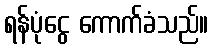
ရန်ပုံငွေ ကောက်ခံသည်။